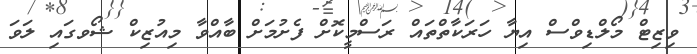
ވިޒިޓް މޯލްޑިވްސް އިޔާ ހަރަކާތްތައް ރަސްމީކޮށް ފެށުމަށް ބާއްވާ މިއުޒިކް ޝޯވގައި ލަވަ